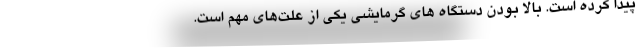
پیدا کرده است. بالا بودن دستگاه های گرمایشی یکی از علت‌های مهم است.